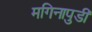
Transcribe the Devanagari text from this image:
मगिनापुडी